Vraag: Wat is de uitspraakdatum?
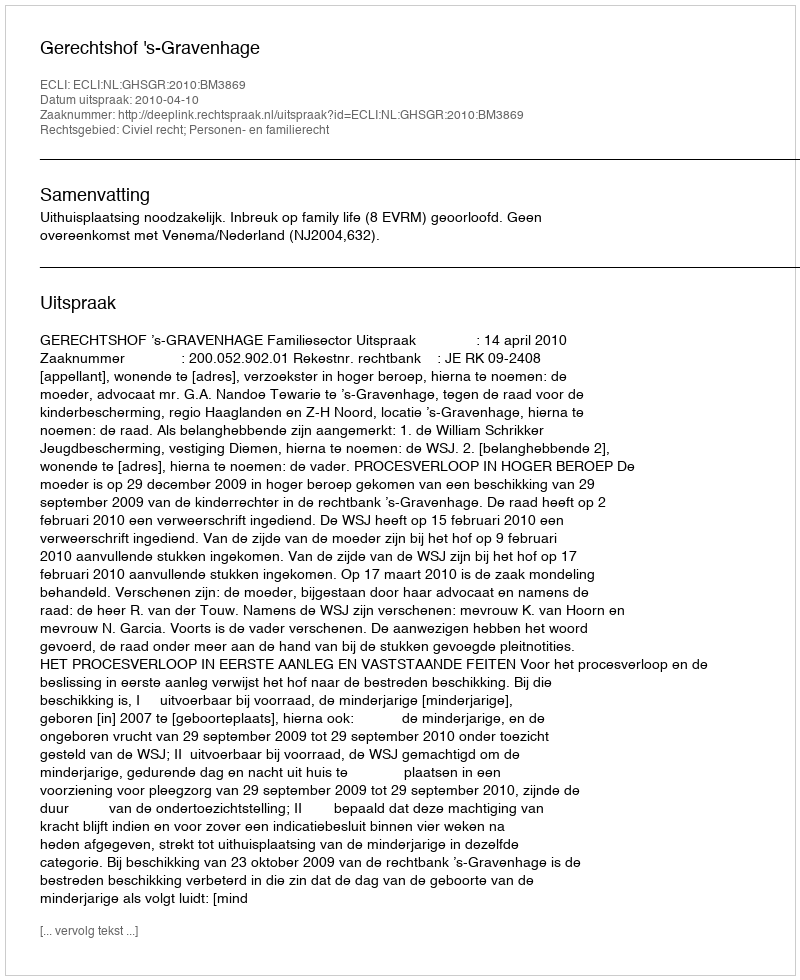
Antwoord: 2010-04-10